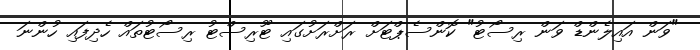
"ވަން އައިލެންޑް ވަން ރިސޯޓު" ކޮންސެޕްޓަށް ރަށްރަށުގައި ޓޫރިސްޓު ރިސޯޓުތައް ހެދިފައި ހުންނަ